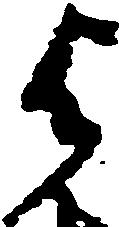
与